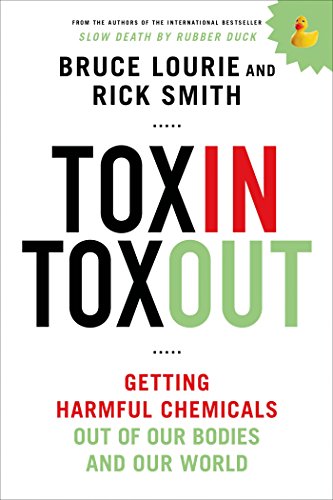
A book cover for Toxin Toxout: Getting Harmful Chemicals Out of Our Bodies and Our World; Bruce Lourie; Health, Fitness & Dieting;